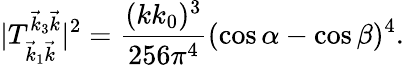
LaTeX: |T_{\vec{k}_{1}\vec{k}}^{\vec{k}_{3}\vec{k}}|^{2}=\frac{(kk_{0})^{3}}{256\pi^{4}}(\cos\alpha-\cos\beta)^{4}.